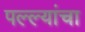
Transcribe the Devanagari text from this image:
पल्ल्यांचा